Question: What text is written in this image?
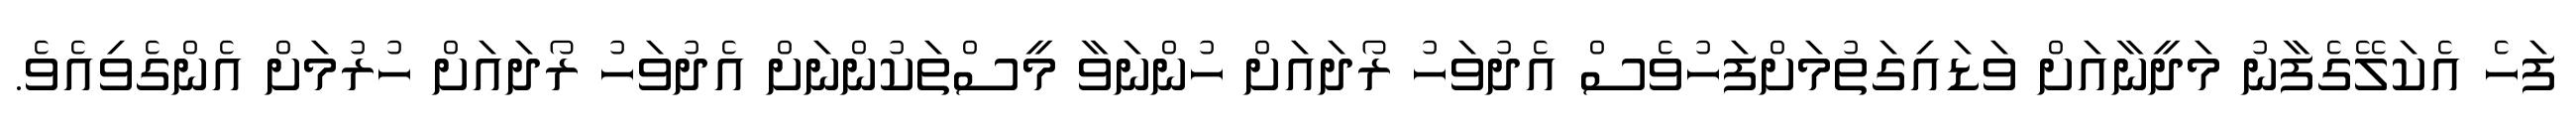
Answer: ފަހެ އެކަލޭގެފާނު މަދީނާއަށް ވަޑައިގަތުމަށްފަހުވެސް އެދުވަހު ރޯދައަށް ހުންނަވާ މީސްތަކުންނަށް އެދުވަހު ރޯދައަށް ހުރުމަށް އެންގެވިއެވެ.